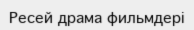
Ресей драма фильмдері